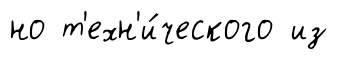
но т'ехн'и́ческого из